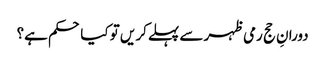
دورانِ حج رمی ظہر سے پہلےکر یں تو کیا حکم ہے؟